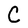
Character: C